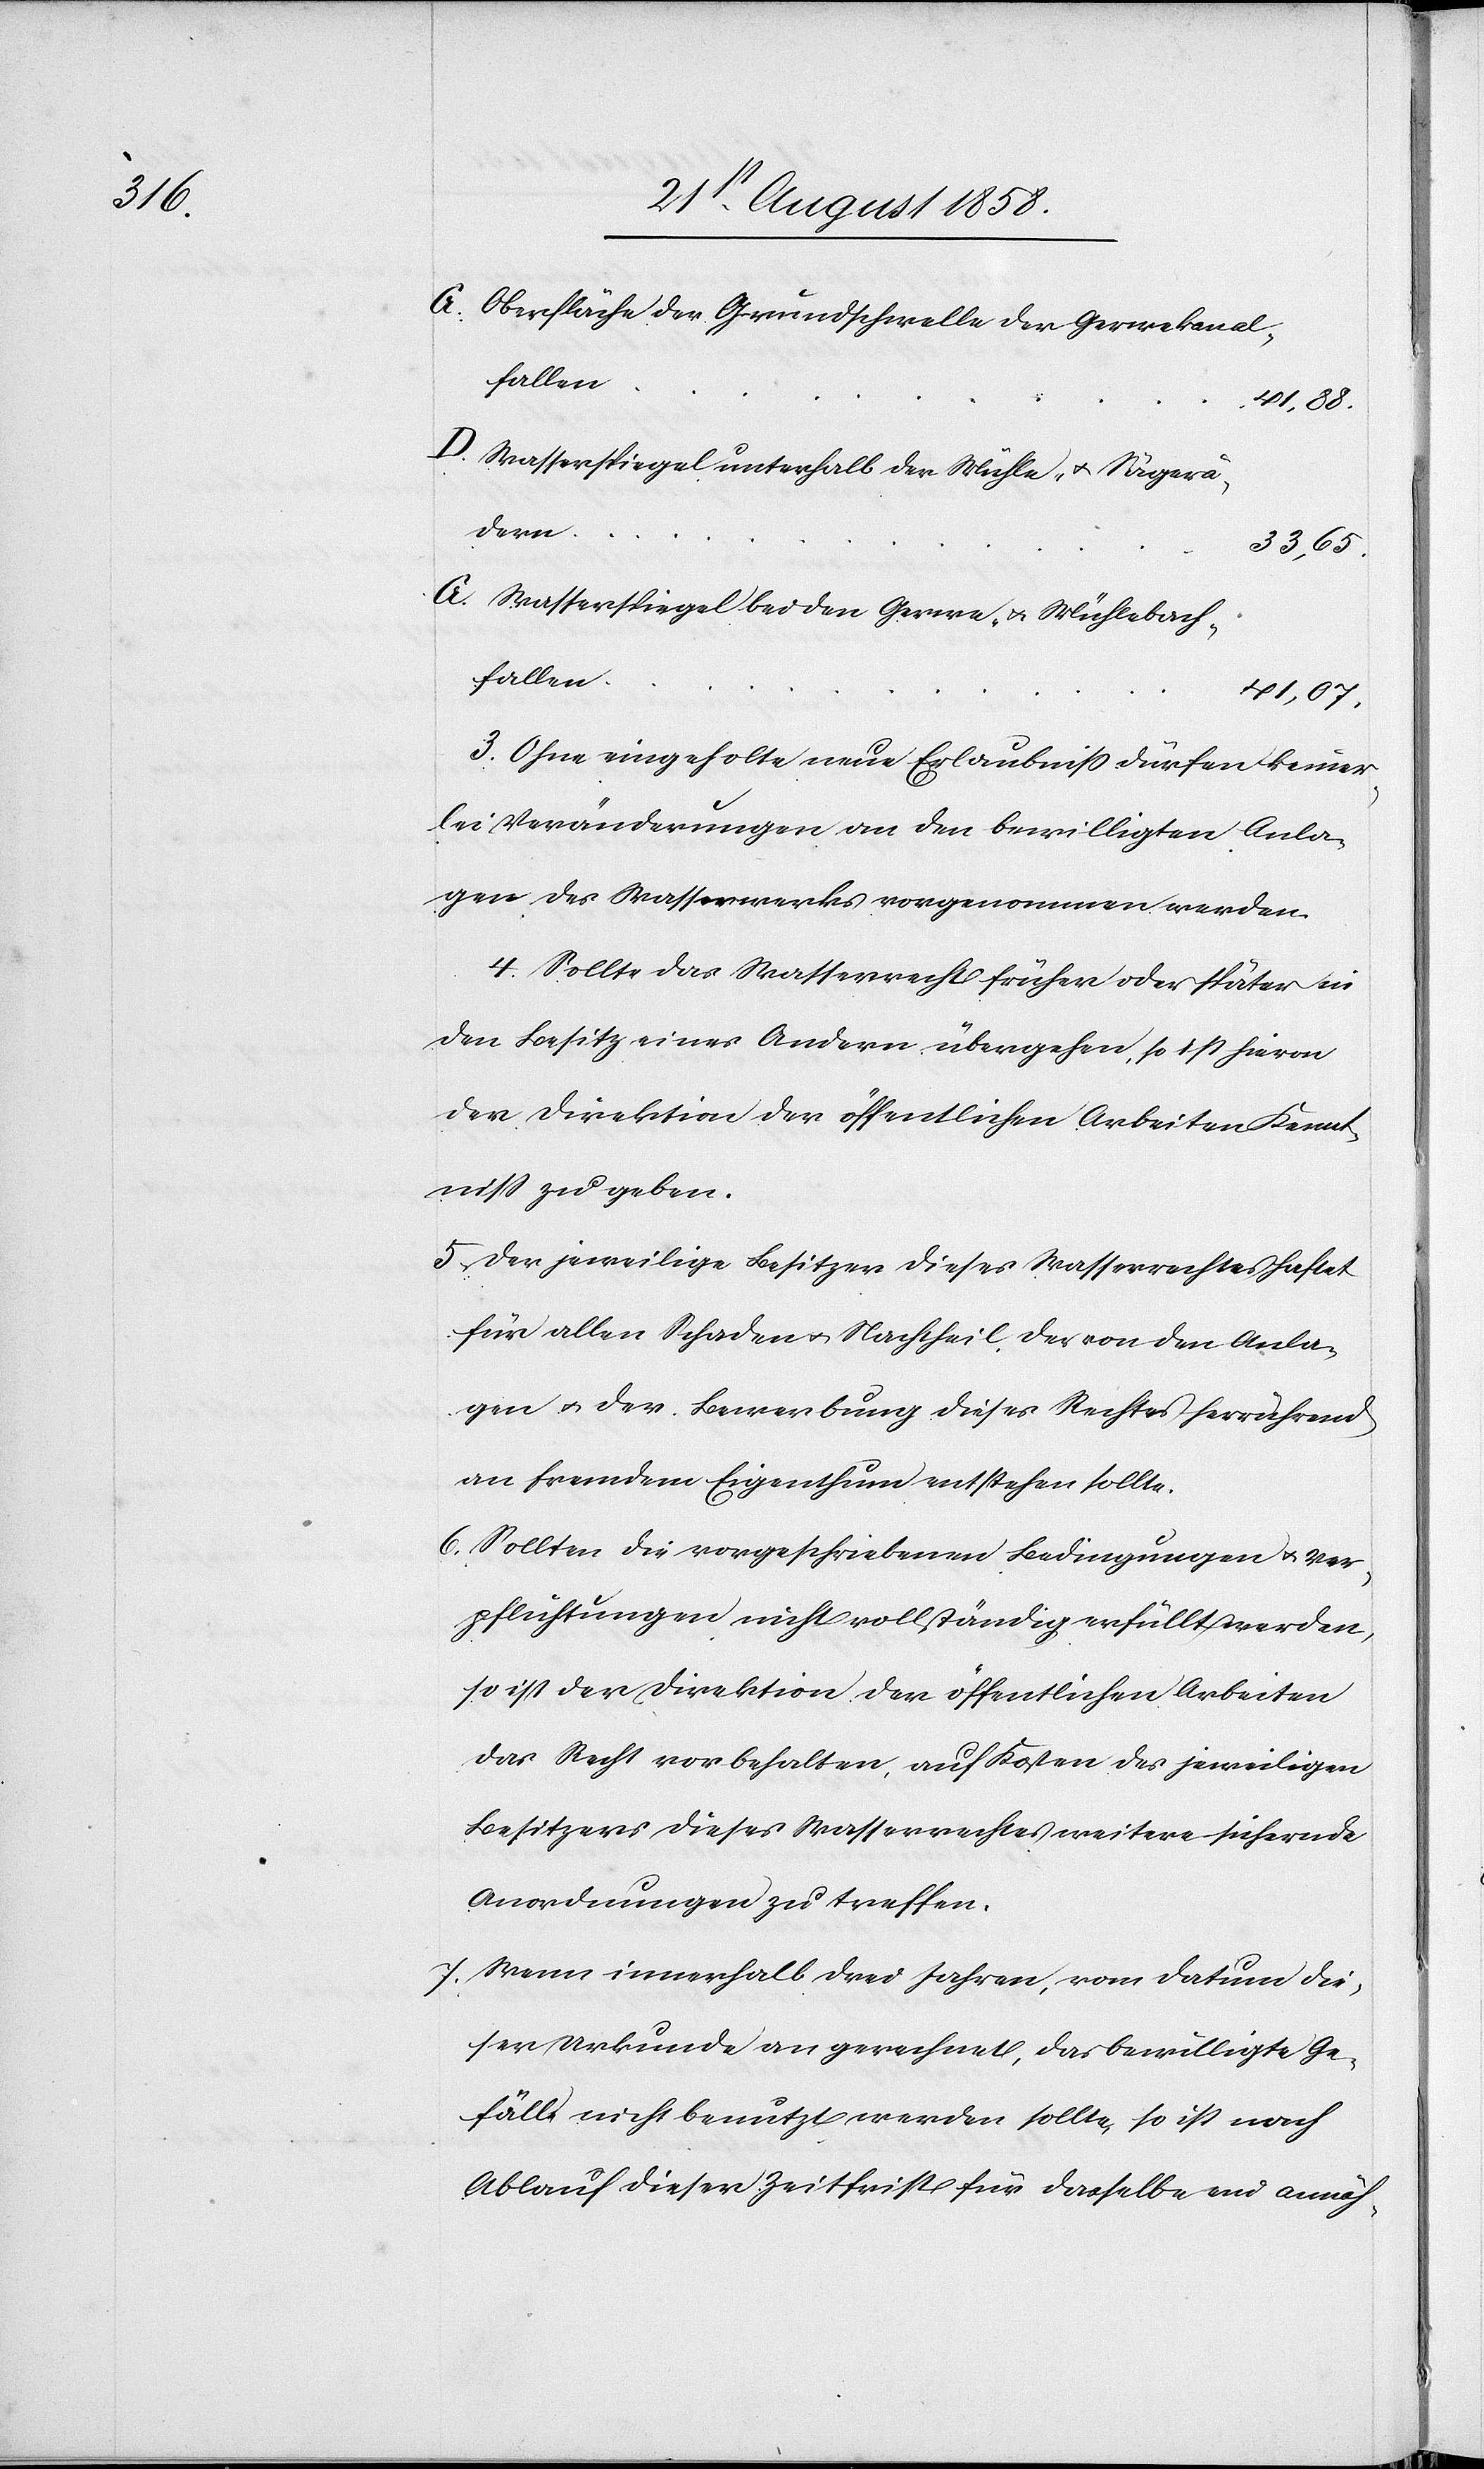
G. Oberfläche der Grundschwelle der Gerwekanal¬
falle¬
n			41,88.
D. Wasserspiegel unterhalb der Mühle- & Sägerä¬
der¬
n			33,65.
G. Wasserspiegel bei den Gerwe- & Mühlebach¬
falle¬
n			41,07.
3. Ohne eingeholte neue Erlaubniss dürfen keiner¬
lei Veränderungen an den bewilligten Anla¬
gen des Wasserwerks vorgenommen werden.
4. Sollte das Wasserrecht früher oder später in
den Besitz eines Andern übergehen, so ist hievon
der Direktion der öffentlichen Arbeiten Kennt¬
niss zu geben.
5. Der jeweilige Besitzer dieses Wasserrechtes haftet
für allen Schaden & Nachtheil der von den Anla¬
gen & der Bewerbung dieses Rechtes herrührend
an fremdem Eigenthum entstehen sollte.
6. Sollten die vorgeschriebenen Bedingungen & Ver¬
pflichtungen nicht vollständig erfüllt werden,
so ist der Direktion der öffentlichen Arbeiten
das Recht vorbehalten, auf Kosten des jeweiligen
Besitzers dieses Wasserrechtes weitere sichernde
Anordnungen zu treffen.
7. Wenn innerhalb drei Jahren, vom Datum die¬
ser Urkunde an gerechnet, das bewilligte Ge¬
fälle nicht benutzt werden sollte, so ist nach
Ablauf dieser Zeitfrist für dasselbe ein annäh-